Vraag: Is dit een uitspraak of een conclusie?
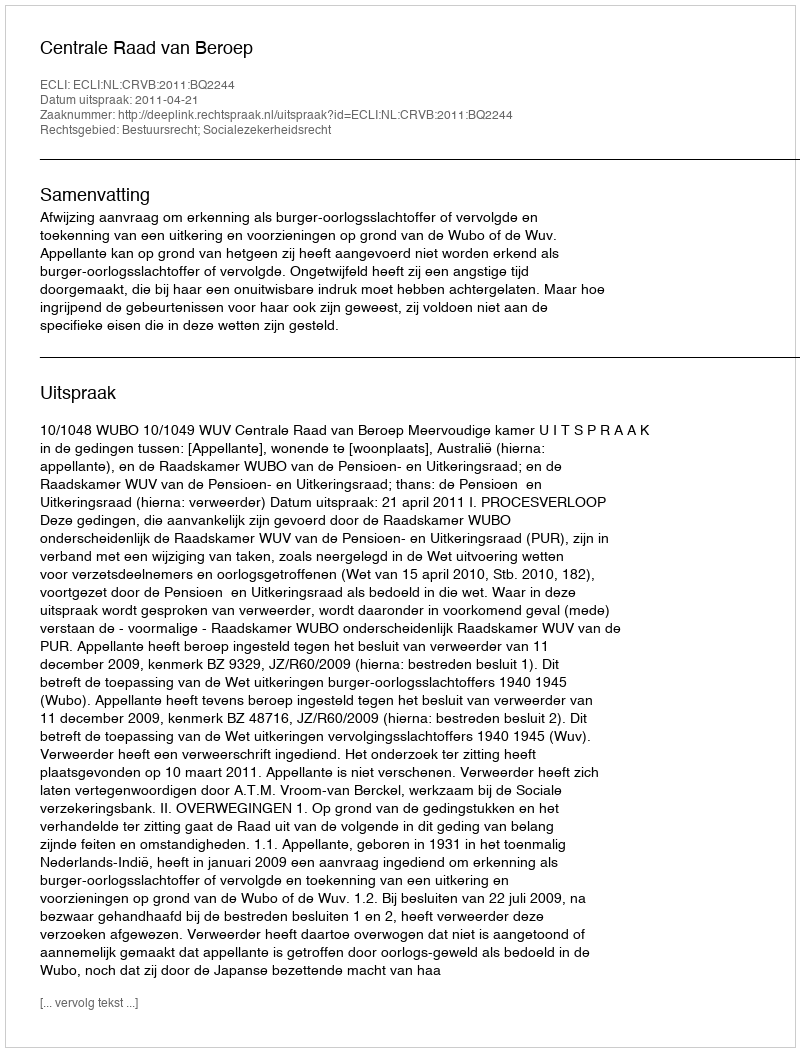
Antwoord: Uitspraak